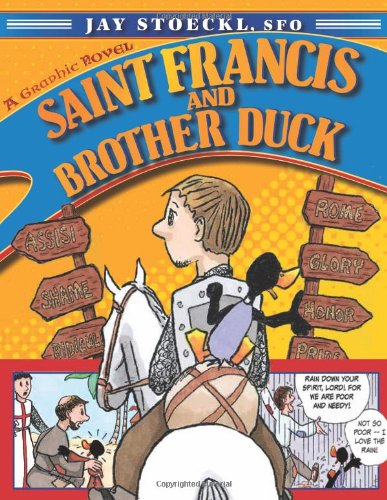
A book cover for Saint Francis and Brother Duck; Jay Stoeckl; Comics & Graphic Novels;